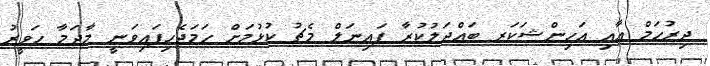
ދިރުހަމް އާއި އަހިންޝަކަރ ބައްދަލުކުރާ ފައިނަލް މެޗު ކުޅުމަށް ހަމަޖެހިފައިވަނީ މާދަމާ ހަވީރު